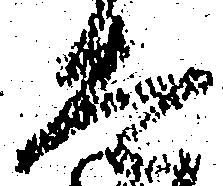
太